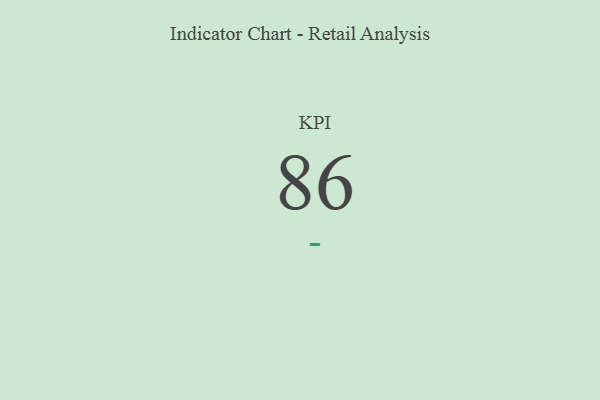
{"axis": {"x": "KPI", "y": "Value"}, "legend": [""], "data": [{"x": "KPI", "y": 86, "type": ""}]}